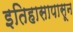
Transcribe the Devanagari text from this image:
इतिहासापासून